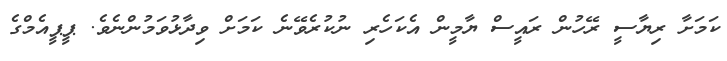
ކަމަށާ ރިޔާސީ ރޭހުން ރައީސް ޔާމީން އެކަހެރި ނުކުރެވޭނެ ކަމަށް ވިދާޅުވަމުންނެވެ. ޕީޕީއެމްގެ